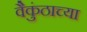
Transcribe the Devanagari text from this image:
वैकुंठाच्या